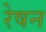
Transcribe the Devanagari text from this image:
रेषन